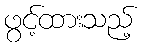
ဖွင့်ထားသည့်